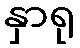
နှာရု